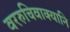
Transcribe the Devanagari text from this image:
वररुचिवाक्यानि